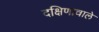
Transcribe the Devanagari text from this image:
दक्षिणावाले